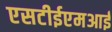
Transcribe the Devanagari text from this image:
एसटीईएमआई